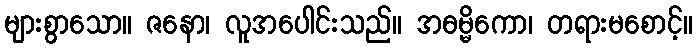
များစွာသော။ ဇနော၊ လူအပေါင်းသည်။ အဓမ္မိကော၊ တရားမစောင့်။